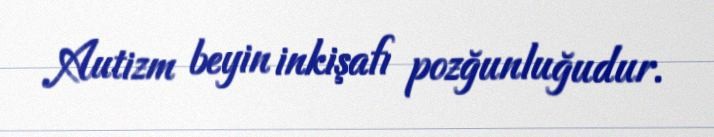
Autizm beyin inkişafı pozğunluğudur.